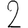
Digit: 2